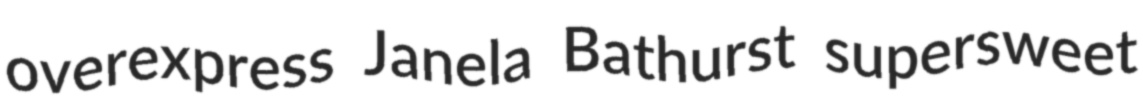
overexpress Janela Bathurst supersweet